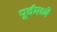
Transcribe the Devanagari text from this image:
पूर्वमध्ये